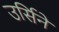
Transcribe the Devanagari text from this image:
उर्सिने